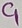
Text: C1